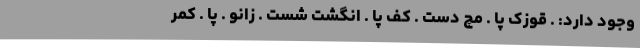
وجود دارد: . قوزک پا . مچ دست . کف پا . انگشت شست . زانو . پا . کمر